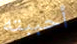
أحببته